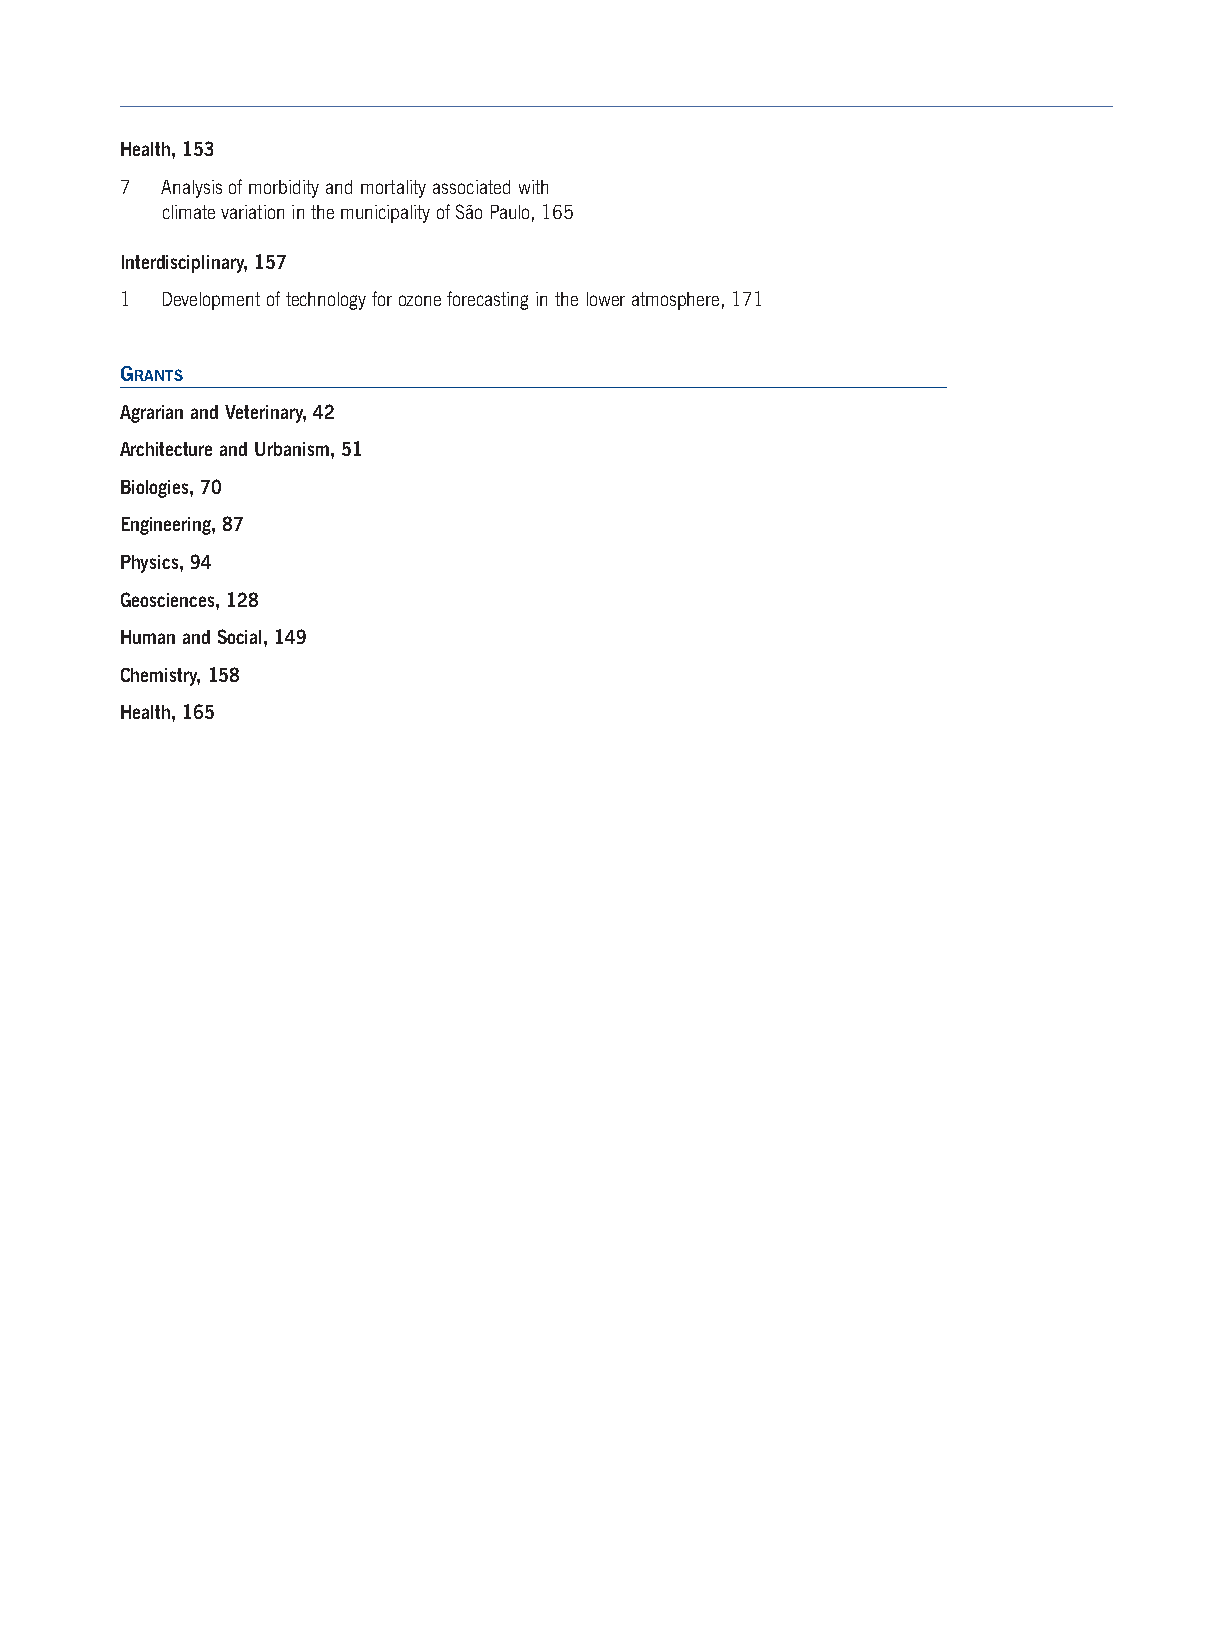
Health, 153
 7  Analysis of morbidity and mortality associated with
 climate variation in the municipality of São Paulo, 165
 Interdisciplinary, 157
 1  Development of technology for ozone forecasting in the lower atmosphere, 171
 GRANTS
 Agrarian and Veterinary, 42
 Architecture and Urbanism, 51
 Biologies, 70
 Engineering, 87
 Physics, 94
 Geosciences, 128
 Human and Social, 149
 Chemistry,158
 Health, 165